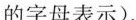
的字母表示)